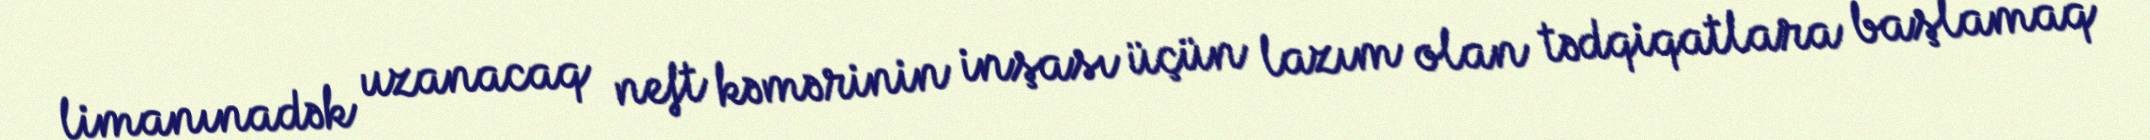
limanınadək uzanacaq neft kəmərinin inşası üçün lazım olan tədqiqatlara başlamaq